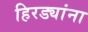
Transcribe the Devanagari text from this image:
हिरड्यांना